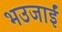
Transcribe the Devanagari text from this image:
भउजाईं